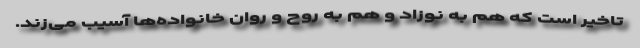
تاخیر است که هم به نوزاد و هم به روح و روان خانواده‌ها آسیب می‌زند.